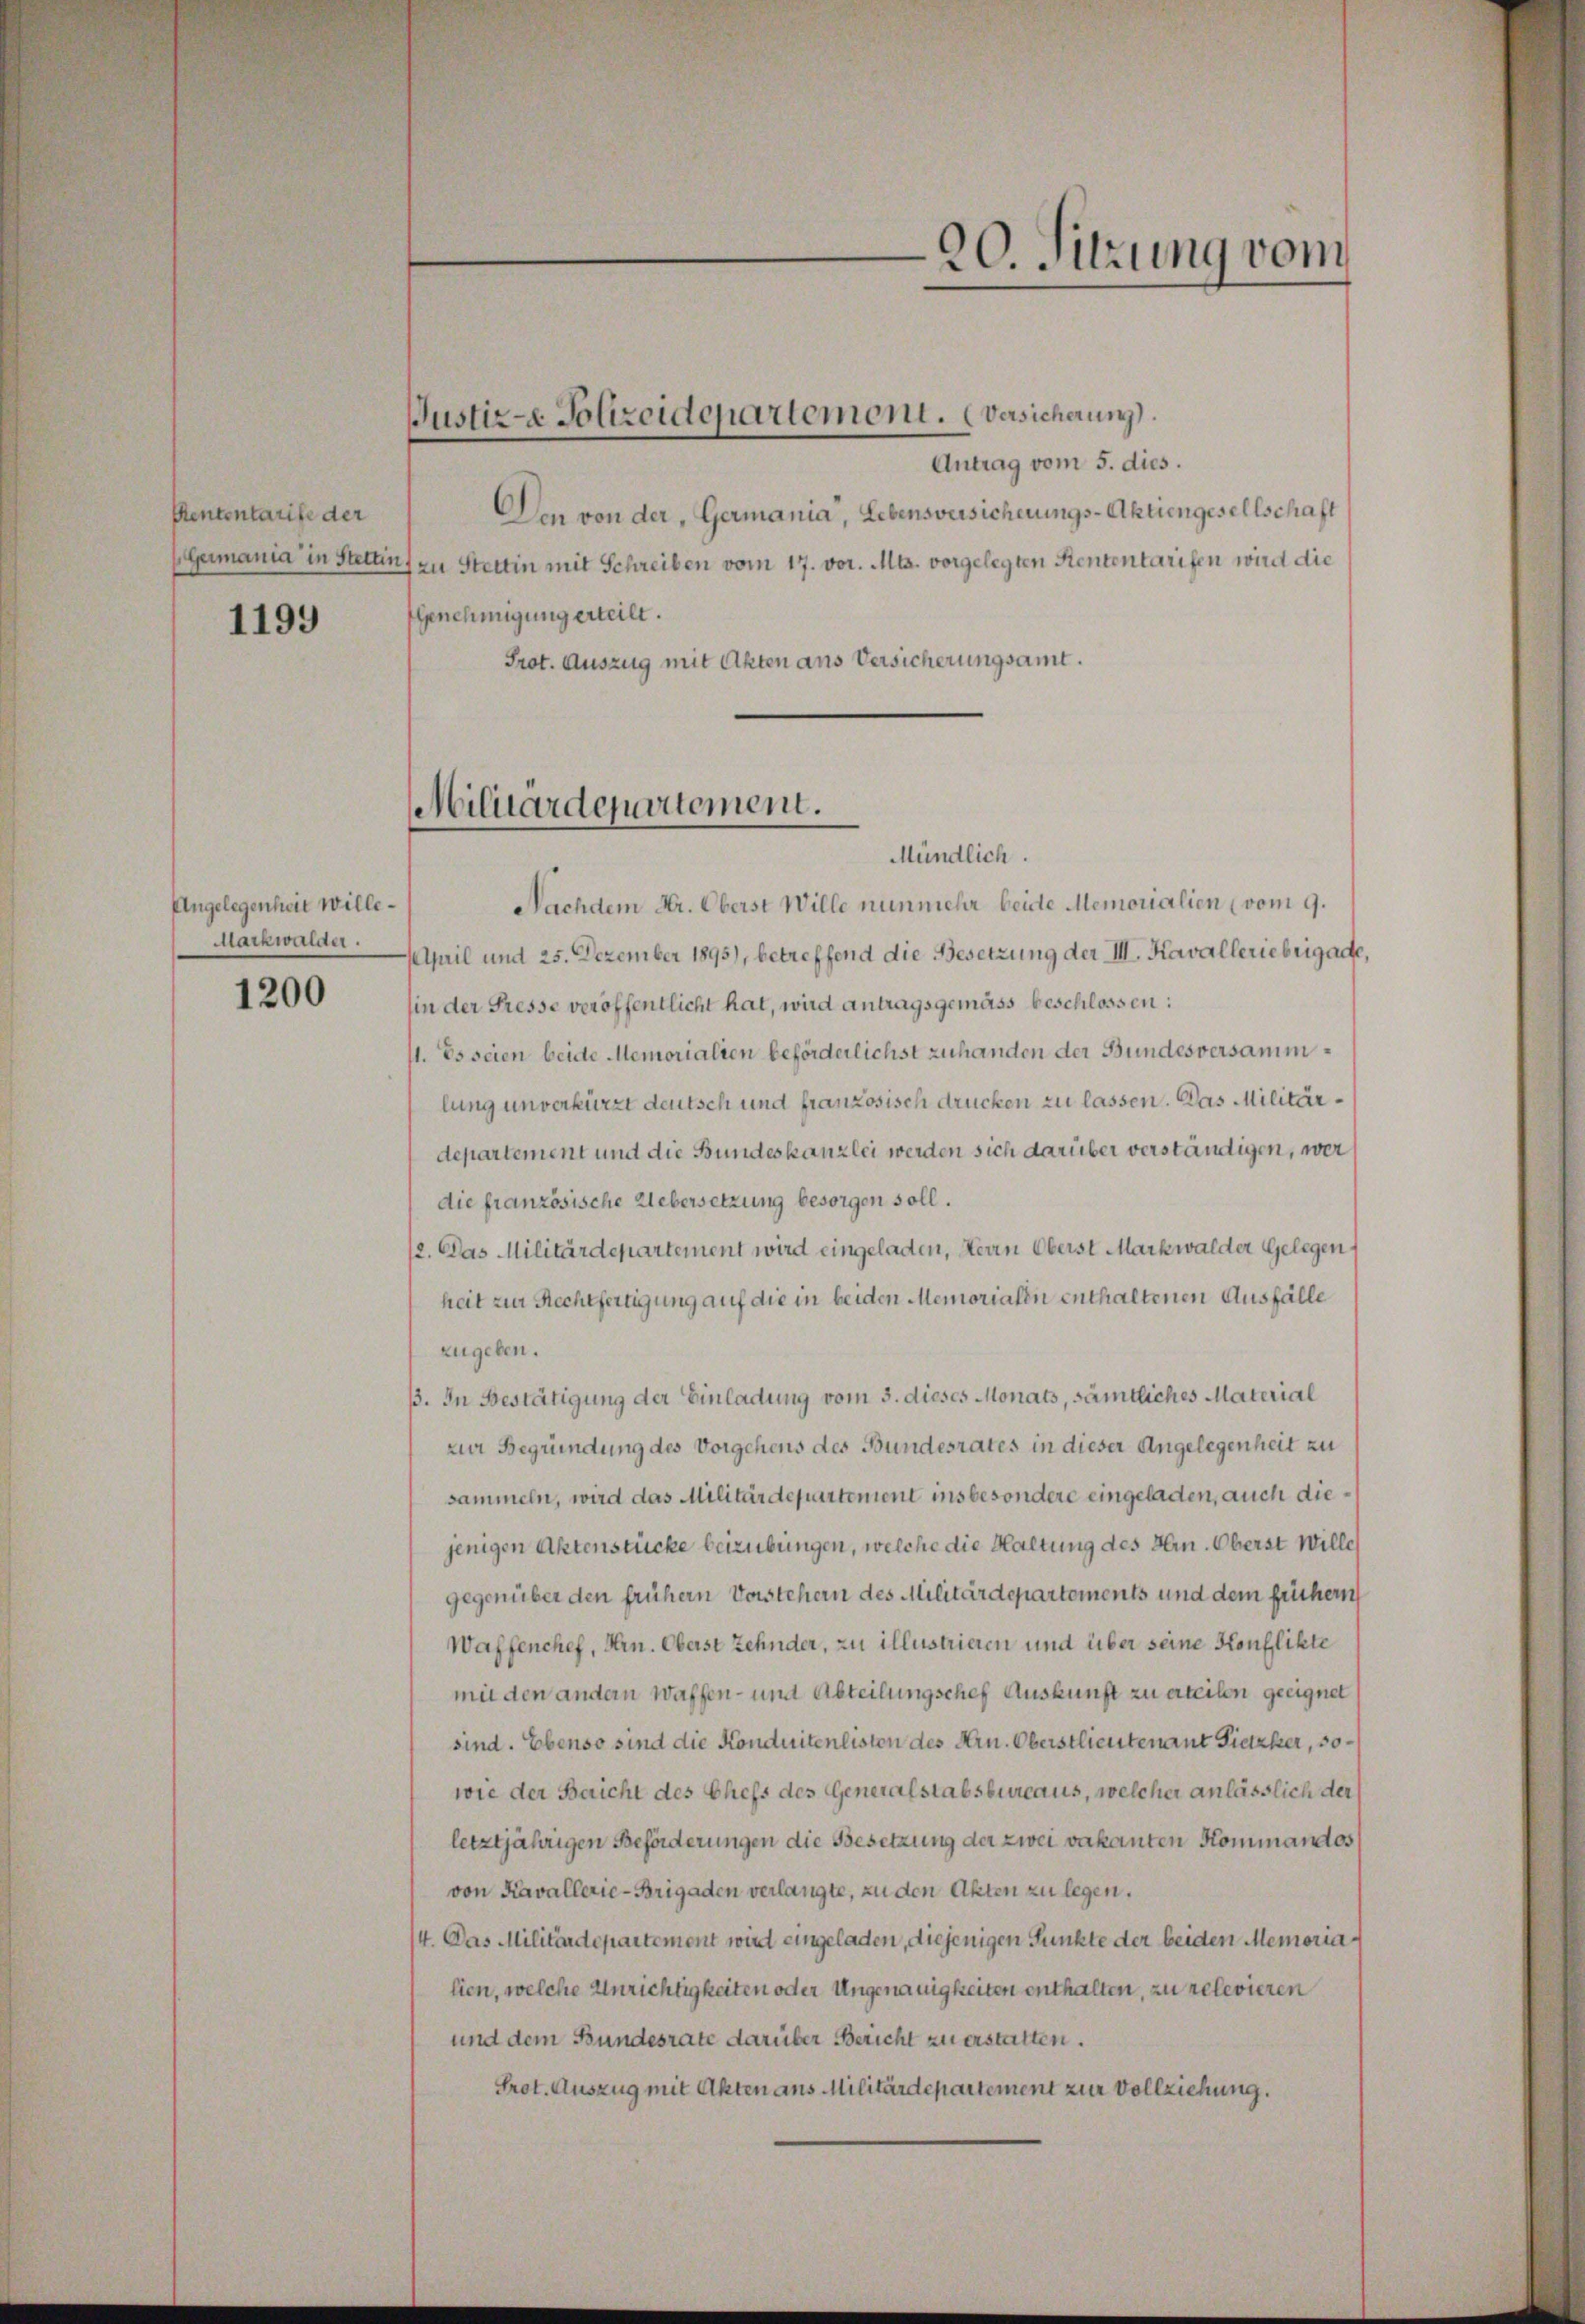
Rententarife der
1199

Angelegenheit wille¬
Markwalder.

1200

Justiz- Polizeidepartemont. Versicherung

Antrag vom 5. dies.
Den von der, Germania“, Lebensversicherungs-Aktiengesellschaft
EGermania in Stettin zu Stettin mit Schreiben vom 17. vor. Mts. vorgelegten Rententarifen wird die
Genehmigung erteilt.
Prot. Auszug mit Akten aus Versicherungsamt.

Militärdepartement.

20. Sitzung vom

Mündlich.
Nachdem Hr. Oberst Wille nunmehr beide Memorialien (vom 9.
April und 25. Dezember 1895), betreffend die Besetzung der III. Kavalleriebrigade,
in der Presse veröffentlicht hat, wird antragsgemäss beschlossen:
11. Es seien beide Memorialien beförderlichst zuhanden der Bundesversammlung unverkürzt deutsch und französisch drücken zu lassen. Das Militärdepartement und die Bundeskanzlei werden sich darüber verständigen, wer
die französische Uebersetzung besorgen soll.
12. Das Militärdepartement wird eingeladen, Herrn Oberst Markwalder Gelegen
heit zur Rechtfertigung auf die in beiden Memorialen enthaltenen Ausfälle
zugeben.
ß. In Bestätigung der Einladung vom 5. dieses Monats, sämtliches Material
zur Begründung des Vorgehens des Bundesrates in dieser Angelegenheit zu
sammeln, wird das Militärdepartement insbesondere eingeladen, auch diejenigen Aktenstücke beizubungen, welche die Haltung des Hrn. Oberst Willes
gegenüber den frühern Vorstehern des Militärdepartements und dem füchern
Waffenchef, Hrn. Oberst Zehnder, zu illustrieren und über seine Konflikte
mit den andern Waffen- und Abteilungschef Auskunft zu erteilen geeignet
sind. Ebenso sind die Konduitenlisten des Arn. Oberstlieutenant Pietzher, sowie der Bericht des Chefs des Generalstabsbureaus, welcher anlässlich der
letztjährigen Beförderungen die Besetzung der zwei vakanten Kommandos
von Kavallerie-Brigaden verlangte, zu den Akten zu legen.
/4. Das Militärdepartement wird eingeladen, diejenigen Punkte der beiden Memorialien, welche Anrichtigkeiten oder Ungenauigkeiten enthalten, zu relevieren
und dem Bundesrate darüber Bericht zu erstatten.
Prot. Auszug mit Akten aus Militärdepartement zur Vollziehung.